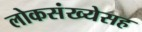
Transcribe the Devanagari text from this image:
लोकसंख्येसह